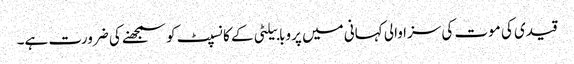
قیدی کی موت کی سزا والی کہانی میں پروبابیلٹی کے کانسپٹ کو سمجھنے کی ضرورت ہے۔